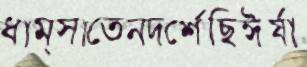
ধাম্‌সাতেনদর্শেছিঈর্ষা